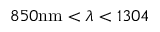
8 5 0 \mathrm { n m } < \lambda < 1 3 0 4